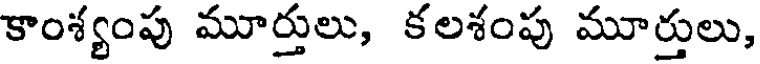
కాంశ్యంపు మూర్తులు, కలశంపు మూర్తులు,